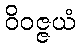
ဝိဝဇ္ဇယံ